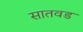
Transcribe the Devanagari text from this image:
सातवड